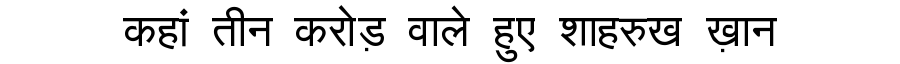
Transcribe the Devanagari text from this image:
कहां तीन करोड़ वाले हुए शाहरुख ख़ान